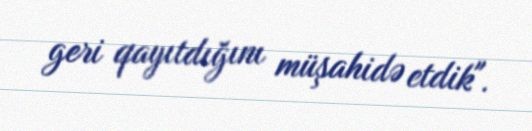
geri qayıtdığını müşahidə etdik".